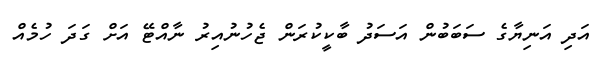
އަދި އަނިޔާގެ ސަބަބުން އަސަދު ބާކީކުރަން ޖެހުނުއިރު ނާއްޓޭ އަށް ގަދަ ހުމެއް